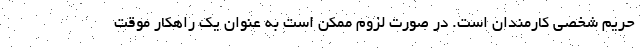
حریم شخصی کارمندان است. در صورت لزوم ممکن است به عنوان یک راهکار موقت